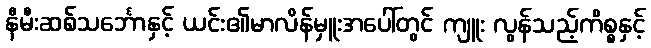
နီမီးဆစ်သင်္ဘောနှင့် ယင်း၏မာလိန်မှူးအပေါ်တွင် ကျူး လွန်သည့်ကိစ္စနှင့်